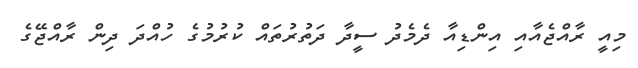
މިއީ ރާއްޖެއާއި އިންޑިއާ ދެމެދު ސީދާ ދަތުރުތައް ކުރުމުގެ ހުއްދަ ދިން ރާއްޖޭގެ